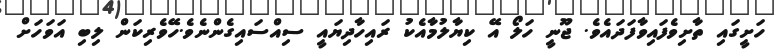
ހަށީގައި ތާށިވެފައިވާފަދައެެވެ. ޖޫނީ ހަލޯ އޭ ކިޔާލުމާއެކު ރައިހާދިޔައީ ސިއްސައިގެންނެވެ.ހޭވެރިކަން ލިބި އަވަހަށް